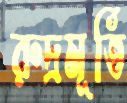
রুদ্রমূর্তি